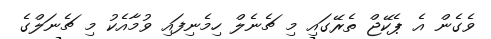
ވެގެން އެ ޕެކޭޖް ތެރޭގައި މި ޗެނެލް ހިމެނިފައި ވުމާއެކު މި ޗެނަލްގެ